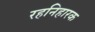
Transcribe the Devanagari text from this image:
रहनिहारक